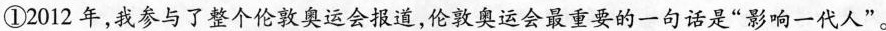
①2012年，我参与了整个伦敦奥运会报道，伦敦奥运会最重要的一句话是”影响一代人”。